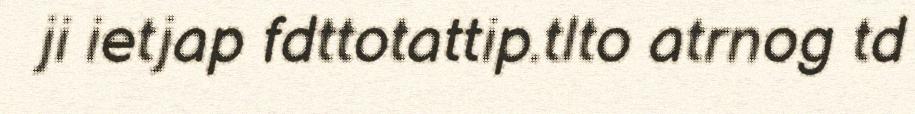
ji ietjap fdttotattip.tlto atrnog td